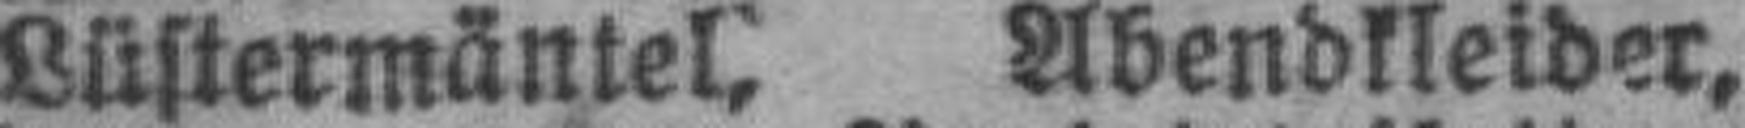
Lüstermäntel, Abendkleider,